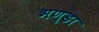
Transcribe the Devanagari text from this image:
भण्डा